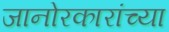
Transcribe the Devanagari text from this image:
जानोरकारांच्या